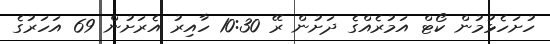
ހުށަހެޅުމުން ކޯޓް އަމުރެއްގެ ދަށުން ރޭ 10:30 ހާއިރު އެރަށުން 69 އަހަރުގެ